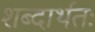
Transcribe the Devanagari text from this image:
शब्दार्थतः